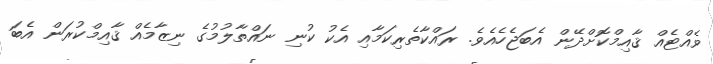
ވެއްޓެއް ޤާއިމްކޮށްދޭން އެބަޖެހެއެވެ. ރައްކާތެރިކަމާއި އެކު ކުނި ނައްތާލުމުގެ ނިޒާމެއް ޤާއިމްކުރަން އެބަ